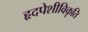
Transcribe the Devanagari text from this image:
हृदपेशीविकृति